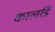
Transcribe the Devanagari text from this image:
कालडि